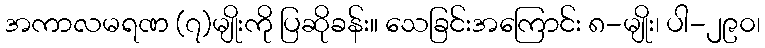
အကာလမရဏ (၇)မျိုးကို ပြဆိုခန်း။ သေခြင်းအကြောင်း ၈-မျိုး၊ ပါ-၂၉၀၊